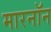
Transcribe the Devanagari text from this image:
मारनॉन